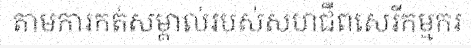
តាមការកត់សម្គាល់របស់សហជីពសេរីកម្មករ